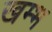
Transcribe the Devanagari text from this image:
खम्‍भ